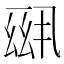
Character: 𪜆